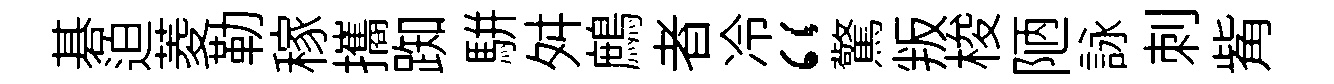
碁迫菱勒稼攜踟駢舛鷓者冷“驚叛梭陋詠刺觜